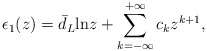
\begin{align*}\epsilon_1 (z) = \bar{d}_L {\rm ln}z + \sum_{k=-\infty}^{+\infty} c_kz^{k+1}, \end{align*}